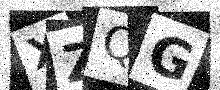
Text: XZQG